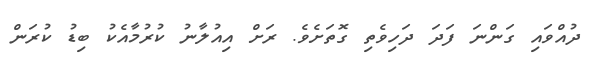
ދުއްވައި ގަންނަ ފަދަ ދަހިވެތި ގޮތަށެވެ. ރަށް އިއުލާނު ކުރުމާއެކު ބިޑު ކުރަން